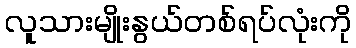
လူသားမျိုးနွယ်တစ်ရပ်လုံးကို